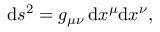
\begin{array} { r } { \mathrm { d } s ^ { 2 } = g _ { \mu \nu } \, \mathrm { d } x ^ { \mu } \mathrm { d } x ^ { \nu } , } \end{array}